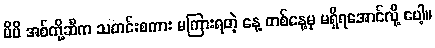
မိမိ အစ်ကို့ဆီက သတင်းစကား မကြားရတဲ့ နေ့ တစ်နေ့မှ မရှိရအောင်လို့ ပေါ့။